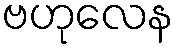
ဗဟုလေန